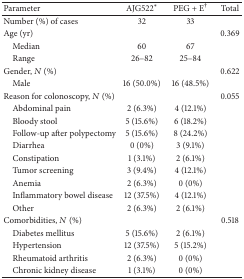
| Parameter | AJG522* | PEG + E† | Total |
 | --- | --- | --- | --- |
 | Number (%) of cases | 32 | 33 |  |
 | Age (yr) |  |  | 0.369 |
 | Median | 60 | 67 |  |
 | Range | 26–82 | 25–84 |  |
 | Gender, N (%) |  |  | 0.622 |
 | Male | 16 (50.0%) | 16 (48.5%) |  |
 | Reason for colonoscopy, N (%) |  |  | 0.055 |
 | Abdominal pain | 2 (6.3%) | 4 (12.1%) |  |
 | Bloody stool | 5 (15.6%) | 6 (18.2%) |  |
 | Follow-up after polypectomy | 5 (15.6%) | 8 (24.2%) |  |
 | Diarrhea | 0 (0%) | 3 (9.1%) |  |
 | Constipation | 1 (3.1%) | 2 (6.1%) |  |
 | Tumor screening | 3 (9.4%) | 4 (12.1%) |  |
 | Anemia | 2 (6.3%) | 0 (0%) |  |
 | Inflammatory bowel disease | 12 (37.5%) | 4 (12.1%) |  |
 | Other | 2 (6.3%) | 2 (6.1%) |  |
 | Comorbidities, N (%) |  |  | 0.518 |
 | Diabetes mellitus | 5 (15.6%) | 2 (6.1%) |  |
 | Hypertension | 12 (37.5%) | 5 (15.2%) |  |
 | Rheumatoid arthritis | 2 (6.3%) | 0 (0%) |  |
 | Chronic kidney disease | 1 (3.1%) | 0 (0%) |  |